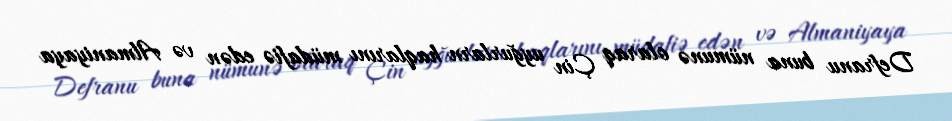
Defranu buna nümunə olaraq Çin uyğurlarn haqlarını müdafiə edən və Almaniyaya